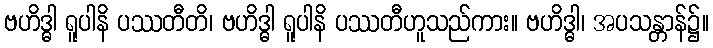
ဗဟိဒ္ဓါ ရူပါနိ ပဿတီတိ၊ ဗဟိဒ္ဓါ ရူပါနိ ပဿတီဟူသည်ကား။ ဗဟိဒ္ဓါ၊ အပသန္တာန်၌။